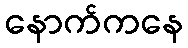
နောက်ကနေ